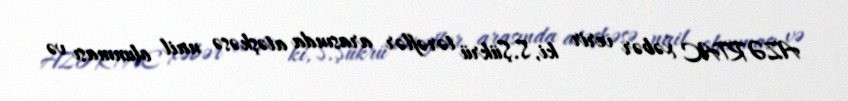
AZƏRTAC xəbər verir ki, S.Şükrü tərəflər arasında atəşkəsə nail olunması və